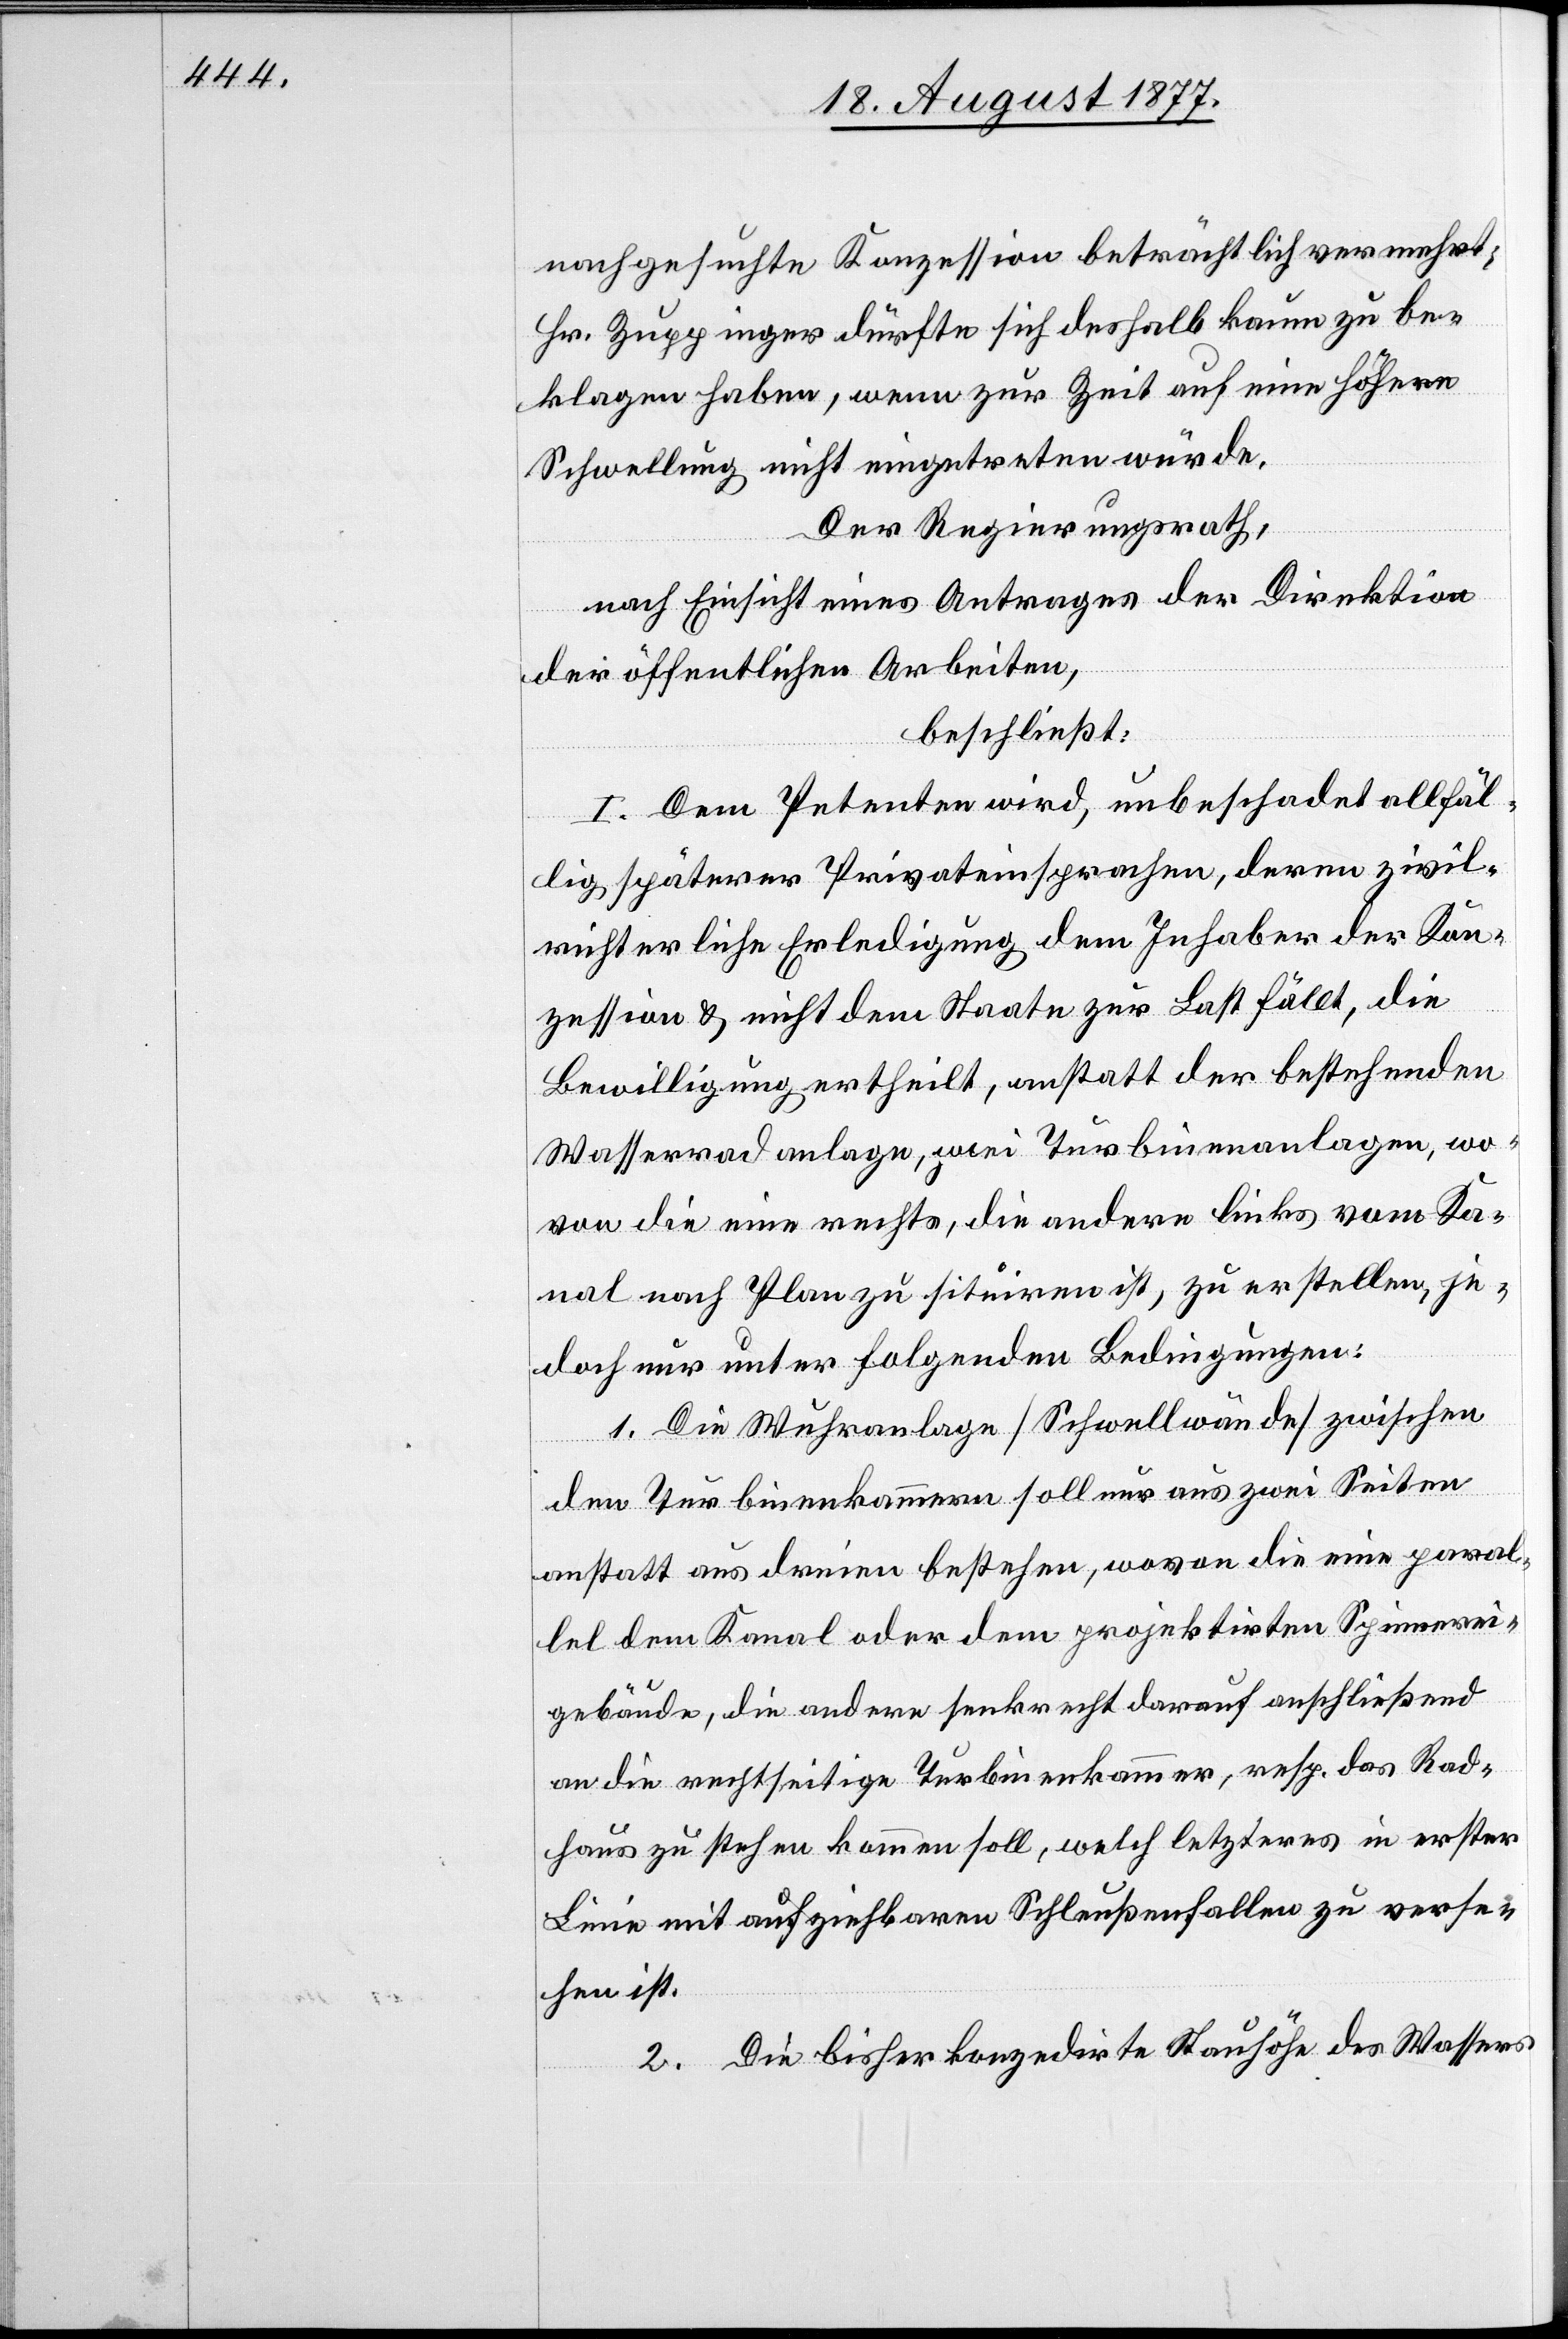
nachgesuchte Konzession beträchtlich vermehrt;
Hr. Zuppinger dürfte sich deshalb kaum zu be¬
klagen haben, wenn zur Zeit auf eine höhere
Schwellung nicht eingetreten würde.
Der Regierungsrath,
nach Einsicht eines Antrages der Direktion
der öffentlichen Arbeiten,
beschließt:
I. Dem Petenten wird, unbeschadet allfäl¬
lig späterer Privateinsprachen, deren zivil¬
richterliche Erledigung dem Inhaber der Kon¬
zession & nicht dem Staate zur Last fällt, die
Bewilligung ertheilt, anstatt der bestehenden
Wasserradanlage, zwei Turbinenanlagen, wo¬
von die eine rechts, die andere links vom Ka¬
nal nach Plan zu situiren ist, zu erstellen, je¬
doch nur unter folgenden Bedingungen:
1. Die Wuhranlage [Schwellwände] zwischen
den Turbinenkammern soll nur aus zwei Seiten
anstatt aus dreien bestehen, wovon die eine paral¬
lel dem Kanal oder dem projektirten Spinnerei¬
gebäude, die andere senkrecht darauf anschließend
an die rechtseitige Turbinenkammer, resp. das Rad¬
haus zu stehen kommen soll, welch letzteres in erster
Linie mit aufziehbaren Schleußenfallen zu verse¬
hen ist.
2. Die bisher konzedirte Stauhöhe des Wassers